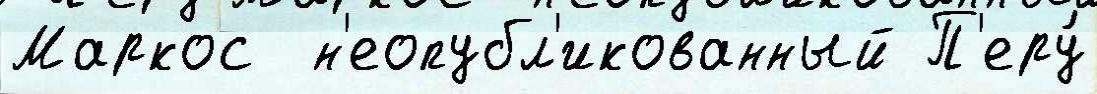
Маркос  н'еопубл'икованный П'еру́